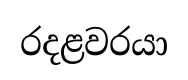
රදළවරයා